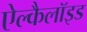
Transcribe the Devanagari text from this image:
ऐल्कैलॉइड